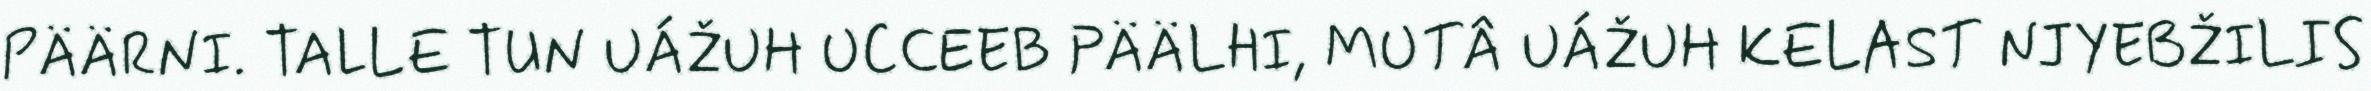
PÄÄRNI. TALLE TUN UÁŽUH UCCEEB PÄÄLHI, MUTÂ UÁŽUH KELAST NJYEBŽILIS